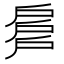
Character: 𢩕